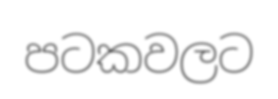
පටකවලට